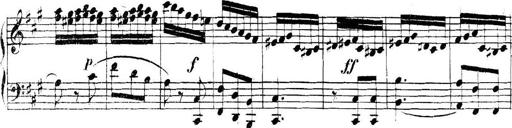
Title: Collected Piano Sonatas
Composer: Muzio Clementi